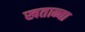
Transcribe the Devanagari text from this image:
खतान्चा